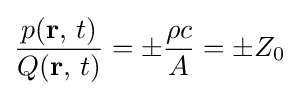
{\frac {p(\mathbf {r} ,\,t)}{Q(\mathbf {r} ,\,t)}}=\pm {\frac {\rho c}{A}}=\pm Z_{0}